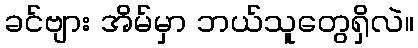
ခင်ဗျား အိမ်မှာ ဘယ်သူတွေရှိလဲ။